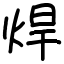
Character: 焊